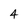
Character: 4